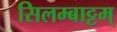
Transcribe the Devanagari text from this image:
सिलम्बाट्टम्